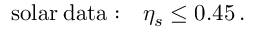
\mathrm { s o l a r \: d a t a : } \quad \eta _ { s } \leq 0 . 4 5 \, .